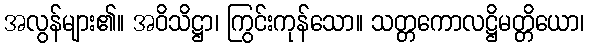
အလွန်များ၏။ အဝိသိဋ္ဌာ၊ ကြွင်းကုန်သော။ သတ္တကောလဋ္ဌိမတ္တိယော၊